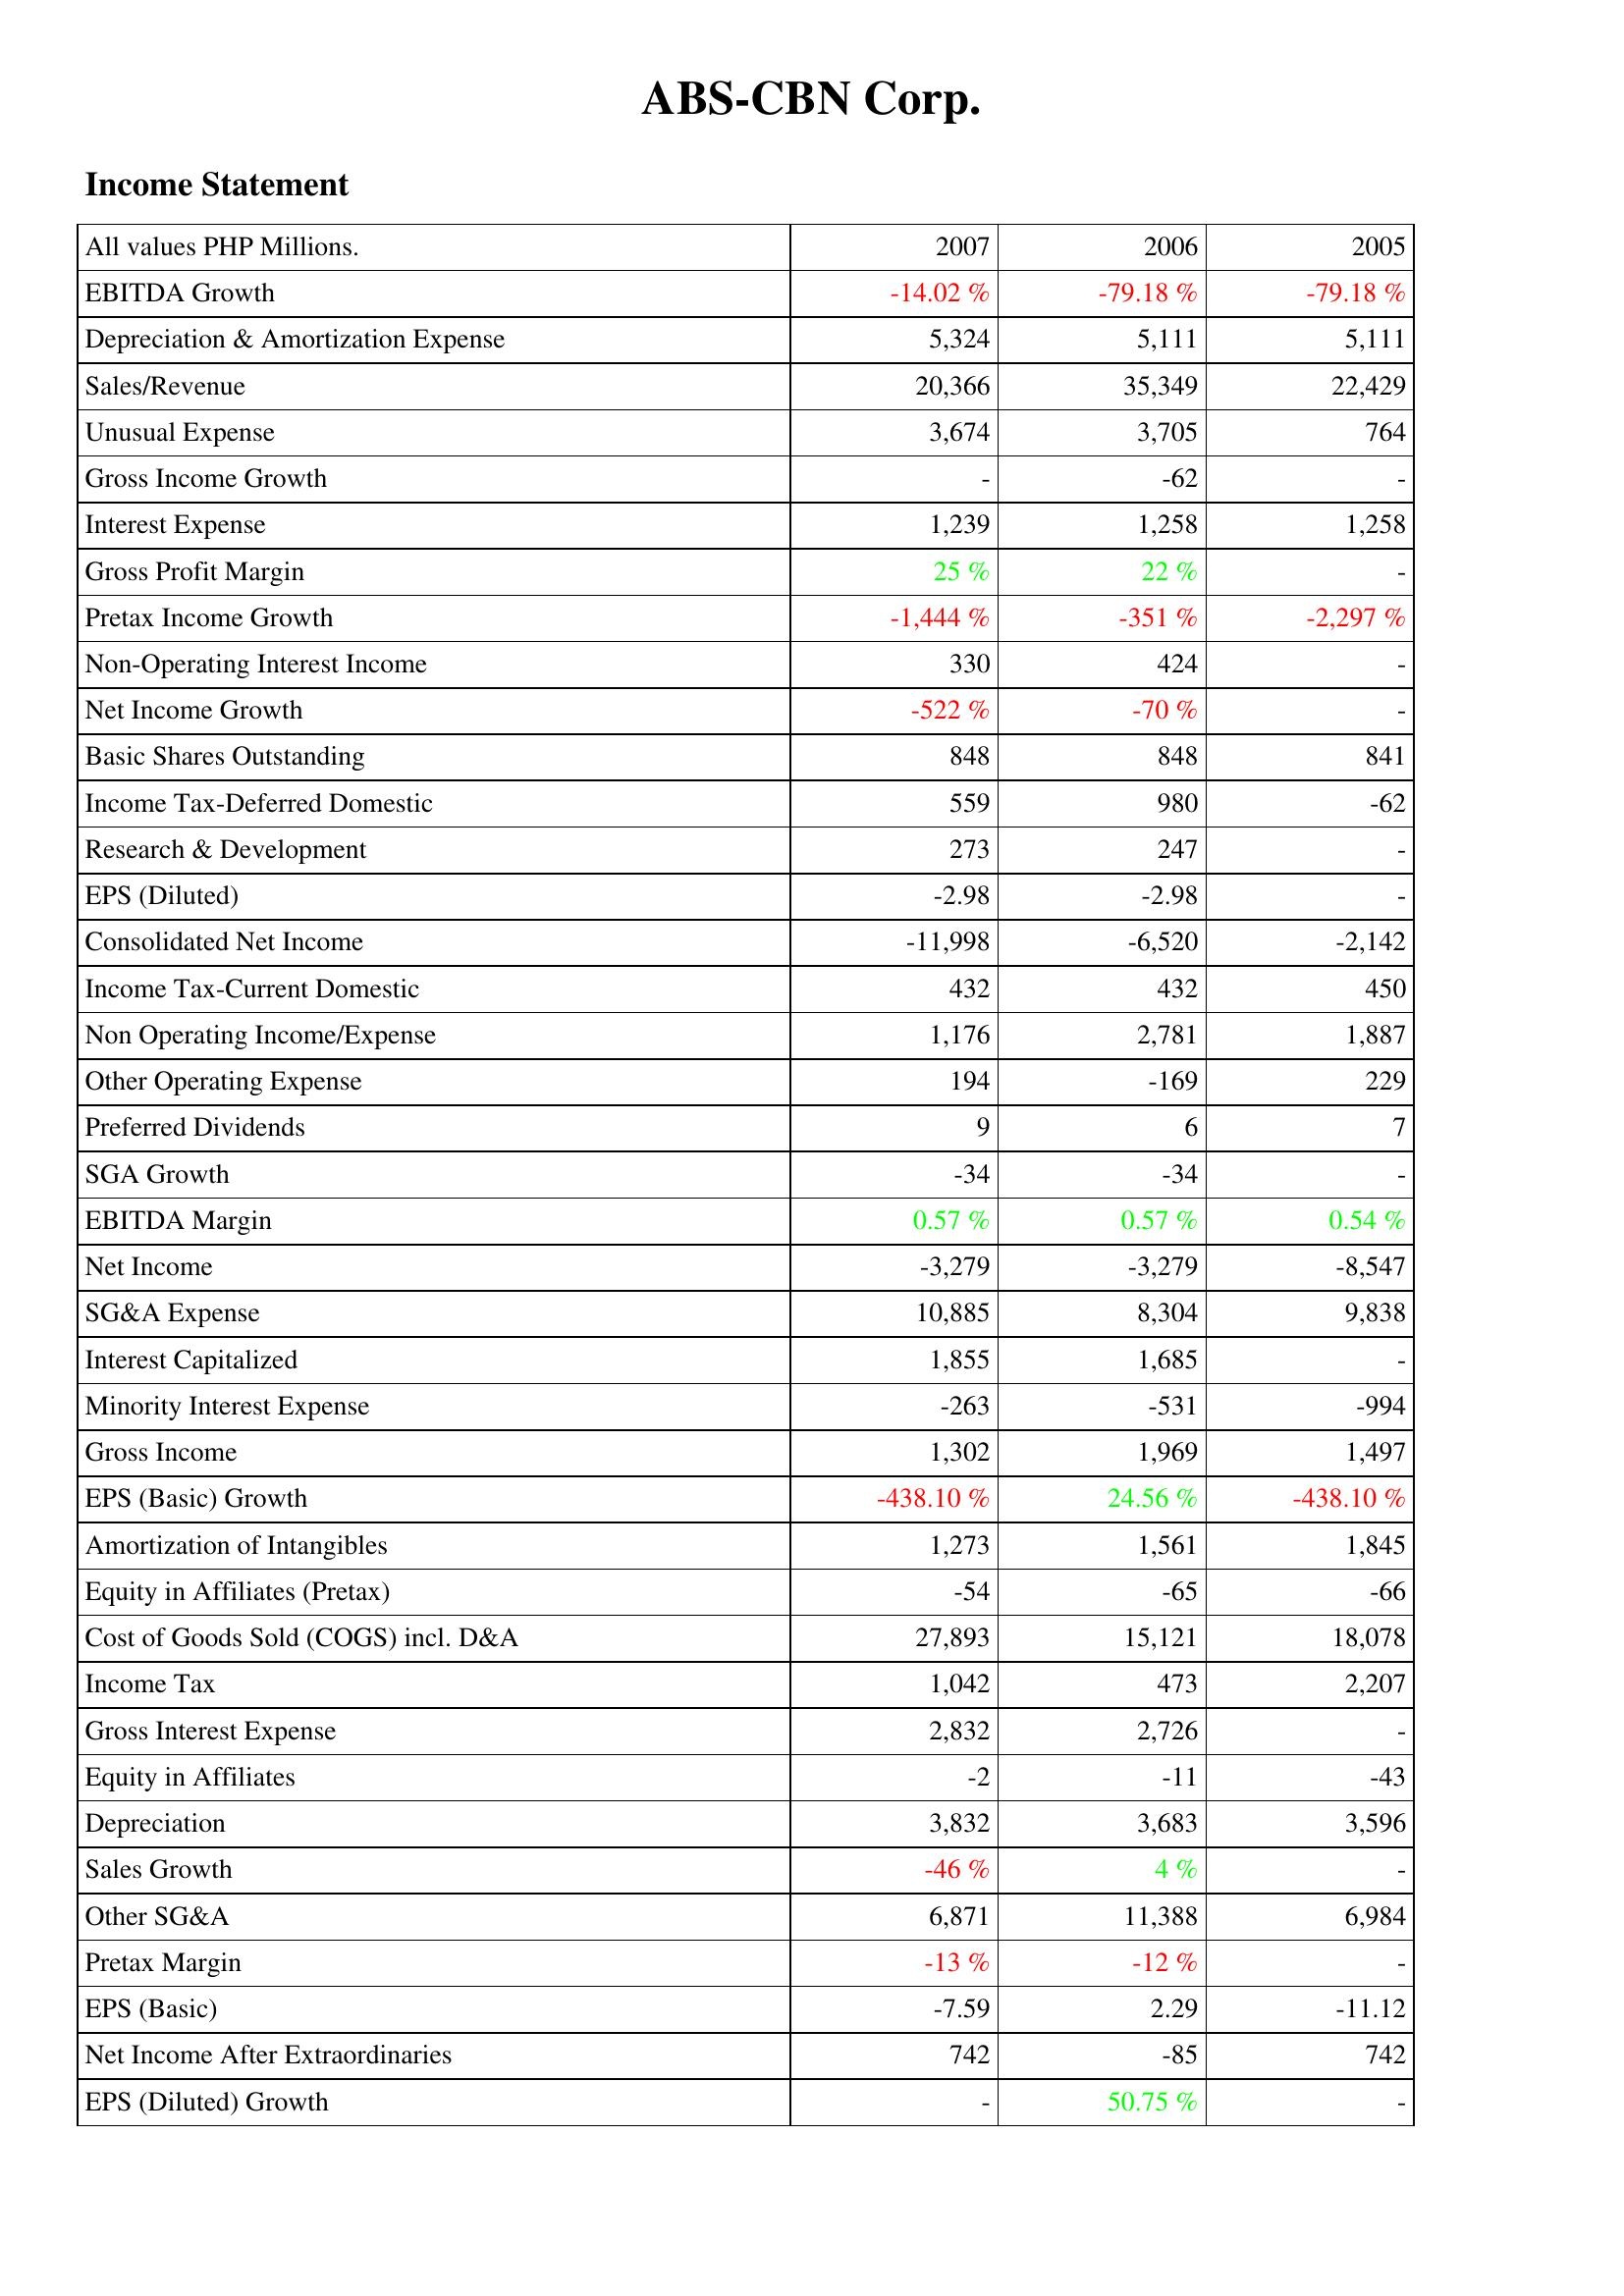
2007: Income Statement: EBITDA Growth: -14.02 %
Depreciation & Amortization Expense: 5,324
Sales/Revenue: 20,366
Unusual Expense: 3,674
Gross Income Growth: -
Interest Expense: 1,239
Gross Profit Margin: 25 %
Pretax Income Growth: -1,444 %
Non-Operating Interest Income: 330
Net Income Growth: -522 %
Basic Shares Outstanding: 848
Income Tax-Deferred Domestic: 559
Research & Development: 273
EPS (Diluted): -2.98
Consolidated Net Income: -11,998
Income Tax-Current Domestic: 432
Non Operating Income/Expense: 1,176
Other Operating Expense: 194
Preferred Dividends: 9
SGA Growth: -34
EBITDA Margin: 0.57 %
Net Income: -3,279
SG&A Expense: 10,885
Interest Capitalized: 1,855
Minority Interest Expense: -263
Gross Income: 1,302
EPS (Basic) Growth: -438.10 %
Amortization of Intangibles: 1,273
Equity in Affiliates (Pretax): -54
Cost of Goods Sold (COGS) incl. D&A: 27,893
Income Tax: 1,042
Gross Interest Expense: 2,832
Equity in Affiliates: -2
Depreciation: 3,832
Sales Growth: -46 %
Other SG&A: 6,871
Pretax Margin: -13 %
EPS (Basic): -7.59
Net Income After Extraordinaries: 742
EPS (Diluted) Growth: -
2006: Income Statement: EBITDA Growth: -79.18 %
Depreciation & Amortization Expense: 5,111
Sales/Revenue: 35,349
Unusual Expense: 3,705
Gross Income Growth: -62
Interest Expense: 1,258
Gross Profit Margin: 22 %
Pretax Income Growth: -351 %
Non-Operating Interest Income: 424
Net Income Growth: -70 %
Basic Shares Outstanding: 848
Income Tax-Deferred Domestic: 980
Research & Development: 247
EPS (Diluted): -2.98
Consolidated Net Income: -6,520
Income Tax-Current Domestic: 432
Non Operating Income/Expense: 2,781
Other Operating Expense: -169
Preferred Dividends: 6
SGA Growth: -34
EBITDA Margin: 0.57 %
Net Income: -3,279
SG&A Expense: 8,304
Interest Capitalized: 1,685
Minority Interest Expense: -531
Gross Income: 1,969
EPS (Basic) Growth: 24.56 %
Amortization of Intangibles: 1,561
Equity in Affiliates (Pretax): -65
Cost of Goods Sold (COGS) incl. D&A: 15,121
Income Tax: 473
Gross Interest Expense: 2,726
Equity in Affiliates: -11
Depreciation: 3,683
Sales Growth: 4 %
Other SG&A: 11,388
Pretax Margin: -12 %
EPS (Basic): 2.29
Net Income After Extraordinaries: -85
EPS (Diluted) Growth: 50.75 %
2005: Income Statement: EBITDA Growth: -79.18 %
Depreciation & Amortization Expense: 5,111
Sales/Revenue: 22,429
Unusual Expense: 764
Gross Income Growth: -
Interest Expense: 1,258
Gross Profit Margin: -
Pretax Income Growth: -2,297 %
Non-Operating Interest Income: -
Net Income Growth: -
Basic Shares Outstanding: 841
Income Tax-Deferred Domestic: -62
Research & Development: -
EPS (Diluted): -
Consolidated Net Income: -2,142
Income Tax-Current Domestic: 450
Non Operating Income/Expense: 1,887
Other Operating Expense: 229
Preferred Dividends: 7
SGA Growth: -
EBITDA Margin: 0.54 %
Net Income: -8,547
SG&A Expense: 9,838
Interest Capitalized: -
Minority Interest Expense: -994
Gross Income: 1,497
EPS (Basic) Growth: -438.10 %
Amortization of Intangibles: 1,845
Equity in Affiliates (Pretax): -66
Cost of Goods Sold (COGS) incl. D&A: 18,078
Income Tax: 2,207
Gross Interest Expense: -
Equity in Affiliates: -43
Depreciation: 3,596
Sales Growth: -
Other SG&A: 6,984
Pretax Margin: -
EPS (Basic): -11.12
Net Income After Extraordinaries: 742
EPS (Diluted) Growth: -